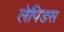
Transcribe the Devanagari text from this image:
लेपिडस